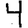
Digit: 4